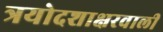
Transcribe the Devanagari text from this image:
त्रयोदशाक्षरवाली